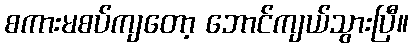
စကားမစပ်ကျတော့ ဘောင်ကျယ်သွားပြီ။